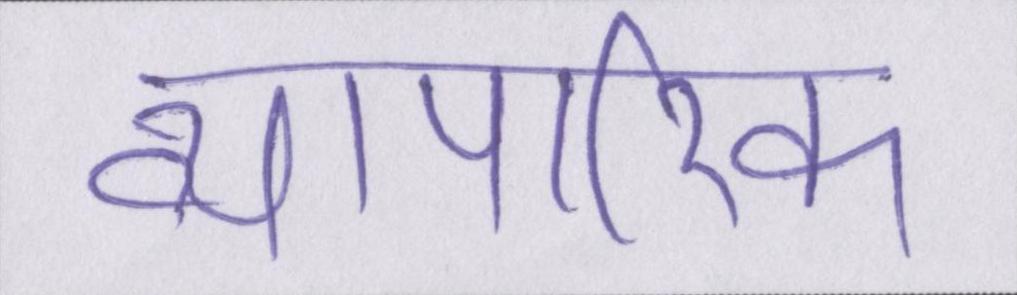
व्यापारिक